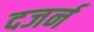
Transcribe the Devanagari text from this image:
दजर्न